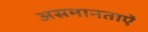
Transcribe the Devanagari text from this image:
असमानताऐं